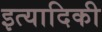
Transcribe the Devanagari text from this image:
इत्‍यादिकी